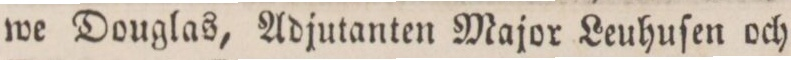
we Douglas, Adjutanten Major Leuhuſen och